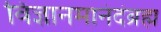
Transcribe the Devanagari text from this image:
विज्ञानमानंदंब्रह्म